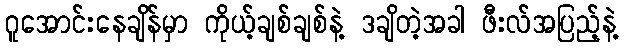
ဂူအောင်းနေချိန်မှာ ကိုယ့်ချစ်ချစ်နဲ့ ဒချိတဲ့အခါ ဖီးလ်အပြည့်နဲ့